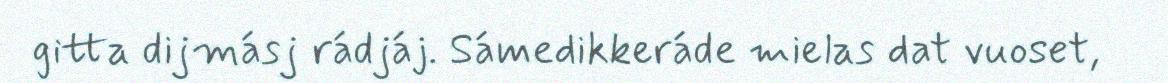
gitta dijmásj rádjáj. Sámedikkeráde mielas dat vuoset,